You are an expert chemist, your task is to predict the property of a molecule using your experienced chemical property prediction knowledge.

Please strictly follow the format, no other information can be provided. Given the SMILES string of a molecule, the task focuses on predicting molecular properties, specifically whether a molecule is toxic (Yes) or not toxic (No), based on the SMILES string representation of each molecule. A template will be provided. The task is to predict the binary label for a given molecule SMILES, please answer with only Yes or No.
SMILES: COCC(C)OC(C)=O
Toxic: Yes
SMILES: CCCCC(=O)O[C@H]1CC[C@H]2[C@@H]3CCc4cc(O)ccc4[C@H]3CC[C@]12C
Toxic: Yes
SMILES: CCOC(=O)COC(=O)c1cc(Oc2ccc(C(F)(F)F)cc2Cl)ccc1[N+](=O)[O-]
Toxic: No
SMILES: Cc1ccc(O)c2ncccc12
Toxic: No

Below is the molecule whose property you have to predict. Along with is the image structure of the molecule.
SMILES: CC[C@H]1C[C@H]2[C@@H]3CCC4=CC(=O)CC[C@@H]4[C@H]3CC[C@]2(C)[C@H]1O
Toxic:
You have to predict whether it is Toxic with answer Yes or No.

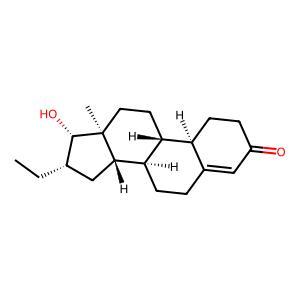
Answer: Yes